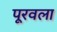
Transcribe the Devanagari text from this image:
पूरवला